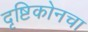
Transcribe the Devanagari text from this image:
दृष्टिकोनचा